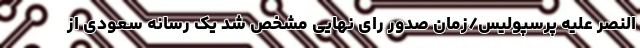
النصر علیه پرسپولیس/زمان صدور رای نهایی مشخص شد یک رسانه سعودی از